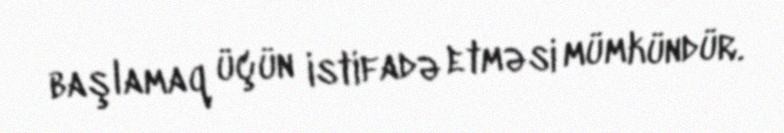
başlamaq üçün istifadə etməsi mümkündür.